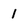
Character: 1